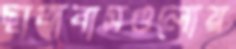
ছাত্রাবাসগুলোয়